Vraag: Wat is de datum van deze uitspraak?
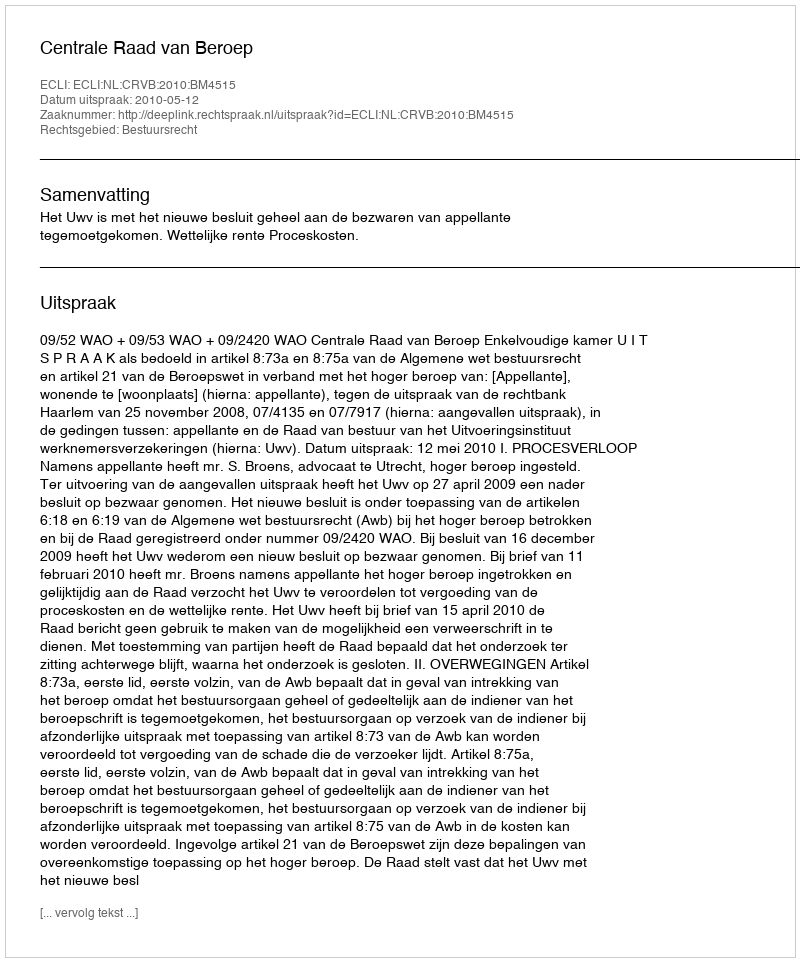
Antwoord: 2010-05-12